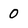
Character: 0